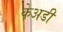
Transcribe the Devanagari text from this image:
केअडी